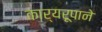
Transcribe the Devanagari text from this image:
कार्यरूपाने